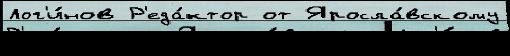
Лог'и́нов Р'еда́ктор от Яросла́вскому